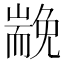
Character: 𡽏